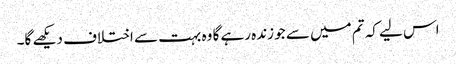
اس لیے کہ تم میں سے جو زندہ رہے گا وہ بہت سے اختلاف دیکھے گا۔